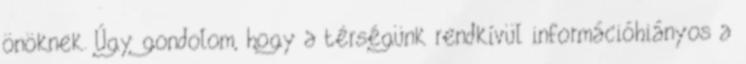
önöknek. Úgy gondolom, hogy a térségünk rendkívül információhiányos a